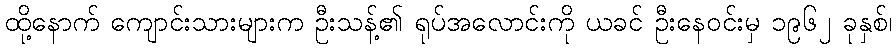
ထို့နောက် ကျောင်းသားများက ဦးသန့်၏ ရုပ်အလောင်းကို ယခင် ဦးနေဝင်းမှ ၁၉၆၂ ခုနှစ်၊